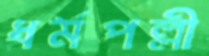
ধর্মপল্লী